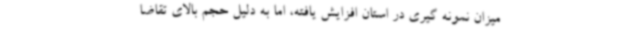
میزان نمونه گیری در استان افزایش یافته، اما به دلیل حجم بالای تقاضا